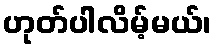
ဟုတ်ပါလိမ့်မယ်၊